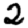
Digit: 2